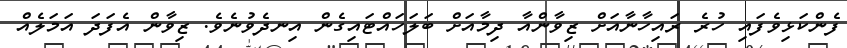
ފެންކަޅިވެފައި ހުރެ ރައިހާނާއަށް ޒިވާންއާ ދިމާއަށް ބަލަހައްޓައިގެން އިނދެވުނެވެ. ޒިވާން އެފަދަ އަމަލެއް